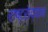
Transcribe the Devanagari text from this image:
राष्ट्रोद्यान